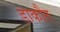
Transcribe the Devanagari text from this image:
डाकौत